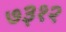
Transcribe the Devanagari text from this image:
७३१२